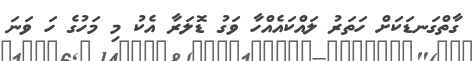
ގާތްގަނޑަކަށް ހަތަރު ލައްކައެއްހާ ވަގު ޑޮލަރާ އެކު މި މަހުގެ ހަ ވަނަ